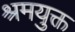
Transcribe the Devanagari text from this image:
श्रमयुक्त